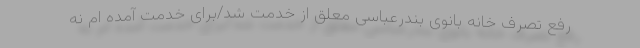
رفع تصرف خانه بانوی بندرعباسی معلق از خدمت شد/برای خدمت آمده ام نه